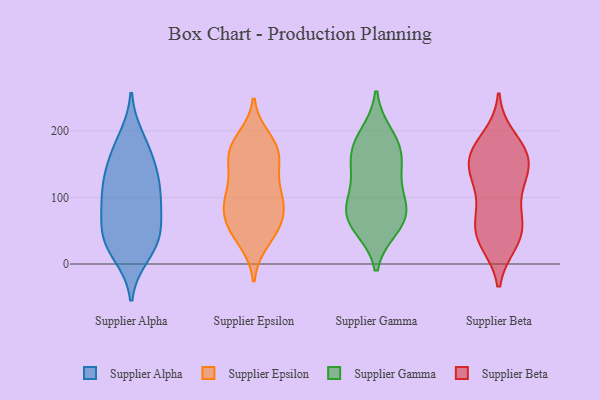
{"axis": {"x": "Waste Production (Tons)", "y": "Value"}, "legend": ["Supplier Alpha", "Supplier Beta", "Supplier Epsilon", "Supplier Gamma"], "data": [{"x": "", "y": 86, "type": "Supplier Alpha"}, {"x": "", "y": 174, "type": "Supplier Alpha"}, {"x": "", "y": 42, "type": "Supplier Alpha"}, {"x": "", "y": 67, "type": "Supplier Alpha"}, {"x": "", "y": 89, "type": "Supplier Alpha"}, {"x": "", "y": 26, "type": "Supplier Alpha"}, {"x": "", "y": 102, "type": "Supplier Alpha"}, {"x": "", "y": 156, "type": "Supplier Alpha"}, {"x": "", "y": 188, "type": "Supplier Alpha"}, {"x": "", "y": 132, "type": "Supplier Alpha"}, {"x": "", "y": 117, "type": "Supplier Alpha"}, {"x": "", "y": 134, "type": "Supplier Alpha"}, {"x": "", "y": 44, "type": "Supplier Alpha"}, {"x": "", "y": 33, "type": "Supplier Alpha"}, {"x": "", "y": 14, "type": "Supplier Alpha"}, {"x": "", "y": 55, "type": "Supplier Epsilon"}, {"x": "", "y": 160, "type": "Supplier Epsilon"}, {"x": "", "y": 73, "type": "Supplier Epsilon"}, {"x": "", "y": 123, "type": "Supplier Epsilon"}, {"x": "", "y": 99, "type": "Supplier Epsilon"}, {"x": "", "y": 174, "type": "Supplier Epsilon"}, {"x": "", "y": 42, "type": "Supplier Epsilon"}, {"x": "", "y": 135, "type": "Supplier Epsilon"}, {"x": "", "y": 188, "type": "Supplier Epsilon"}, {"x": "", "y": 174, "type": "Supplier Epsilon"}, {"x": "", "y": 173, "type": "Supplier Epsilon"}, {"x": "", "y": 91, "type": "Supplier Epsilon"}, {"x": "", "y": 64, "type": "Supplier Epsilon"}, {"x": "", "y": 159, "type": "Supplier Epsilon"}, {"x": "", "y": 101, "type": "Supplier Epsilon"}, {"x": "", "y": 67, "type": "Supplier Epsilon"}, {"x": "", "y": 34, "type": "Supplier Epsilon"}, {"x": "", "y": 96, "type": "Supplier Epsilon"}, {"x": "", "y": 153, "type": "Supplier Gamma"}, {"x": "", "y": 167, "type": "Supplier Gamma"}, {"x": "", "y": 56, "type": "Supplier Gamma"}, {"x": "", "y": 64, "type": "Supplier Gamma"}, {"x": "", "y": 141, "type": "Supplier Gamma"}, {"x": "", "y": 107, "type": "Supplier Gamma"}, {"x": "", "y": 193, "type": "Supplier Gamma"}, {"x": "", "y": 180, "type": "Supplier Gamma"}, {"x": "", "y": 77, "type": "Supplier Gamma"}, {"x": "", "y": 90, "type": "Supplier Gamma"}, {"x": "", "y": 70, "type": "Supplier Gamma"}, {"x": "", "y": 43, "type": "Supplier Beta"}, {"x": "", "y": 77, "type": "Supplier Beta"}, {"x": "", "y": 125, "type": "Supplier Beta"}, {"x": "", "y": 155, "type": "Supplier Beta"}, {"x": "", "y": 128, "type": "Supplier Beta"}, {"x": "", "y": 166, "type": "Supplier Beta"}, {"x": "", "y": 166, "type": "Supplier Beta"}, {"x": "", "y": 172, "type": "Supplier Beta"}, {"x": "", "y": 161, "type": "Supplier Beta"}, {"x": "", "y": 66, "type": "Supplier Beta"}, {"x": "", "y": 37, "type": "Supplier Beta"}, {"x": "", "y": 39, "type": "Supplier Beta"}, {"x": "", "y": 70, "type": "Supplier Beta"}, {"x": "", "y": 118, "type": "Supplier Beta"}, {"x": "", "y": 140, "type": "Supplier Beta"}, {"x": "", "y": 32, "type": "Supplier Beta"}, {"x": "", "y": 190, "type": "Supplier Beta"}]}